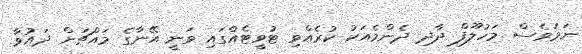
ނަމަވެސް މަހުލޫފް ދާދި ދެންމެއަކު ކުރެއްވި ޓުވީޓެއްގައި ވަނީ އޭނާގެ މައްޗަށް ދައުވާ